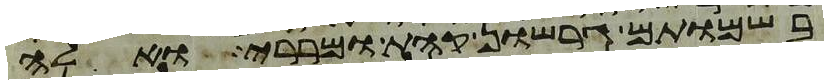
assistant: בשמותם גרשון קהת ומררי ואלה